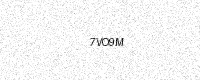
Text: 7VO9M